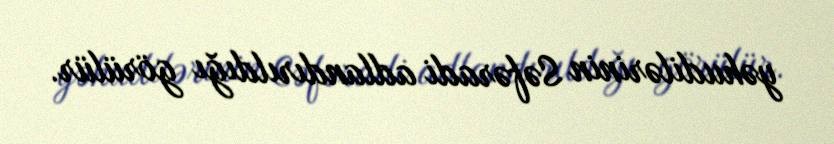
yəhudilərinin Səfəradi adlandırıldığı görülür.